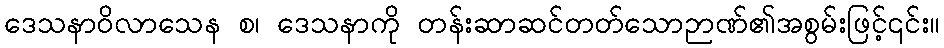
ဒေသနာဝိလာသေန စ၊ ဒေသနာကို တန်းဆာဆင်တတ်သောဉာဏ်၏အစွမ်းဖြင့်၎င်း။